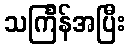
သင်္ကြန်အပြီး